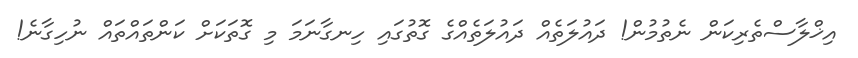
އިޚްލާސްތެރިކަން ނެތުމުން! ދައުލަތެއް ދައުލަތެއްގެ ގޮތުގައި ހިނގާނަމަ މި ގޮތަކަށް ކަންތައްތައް ނުހިގާނެ!